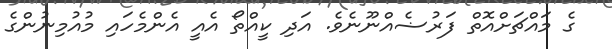
ގެ މައްޗަށްއޮތް ފަރުޟެއްނޫނެވެ. އަދި ކީއްތޯ އެއީ އެންމެހައި މުއުމިނުންގެ